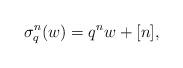
LaTeX: \begin{align*}\sigma^n_q ( w ) = q^n w + [ n ], \end{align*}